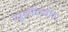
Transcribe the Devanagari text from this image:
युवोन्मेष